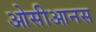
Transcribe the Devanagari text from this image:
ओसीआनस